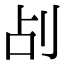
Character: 㓠